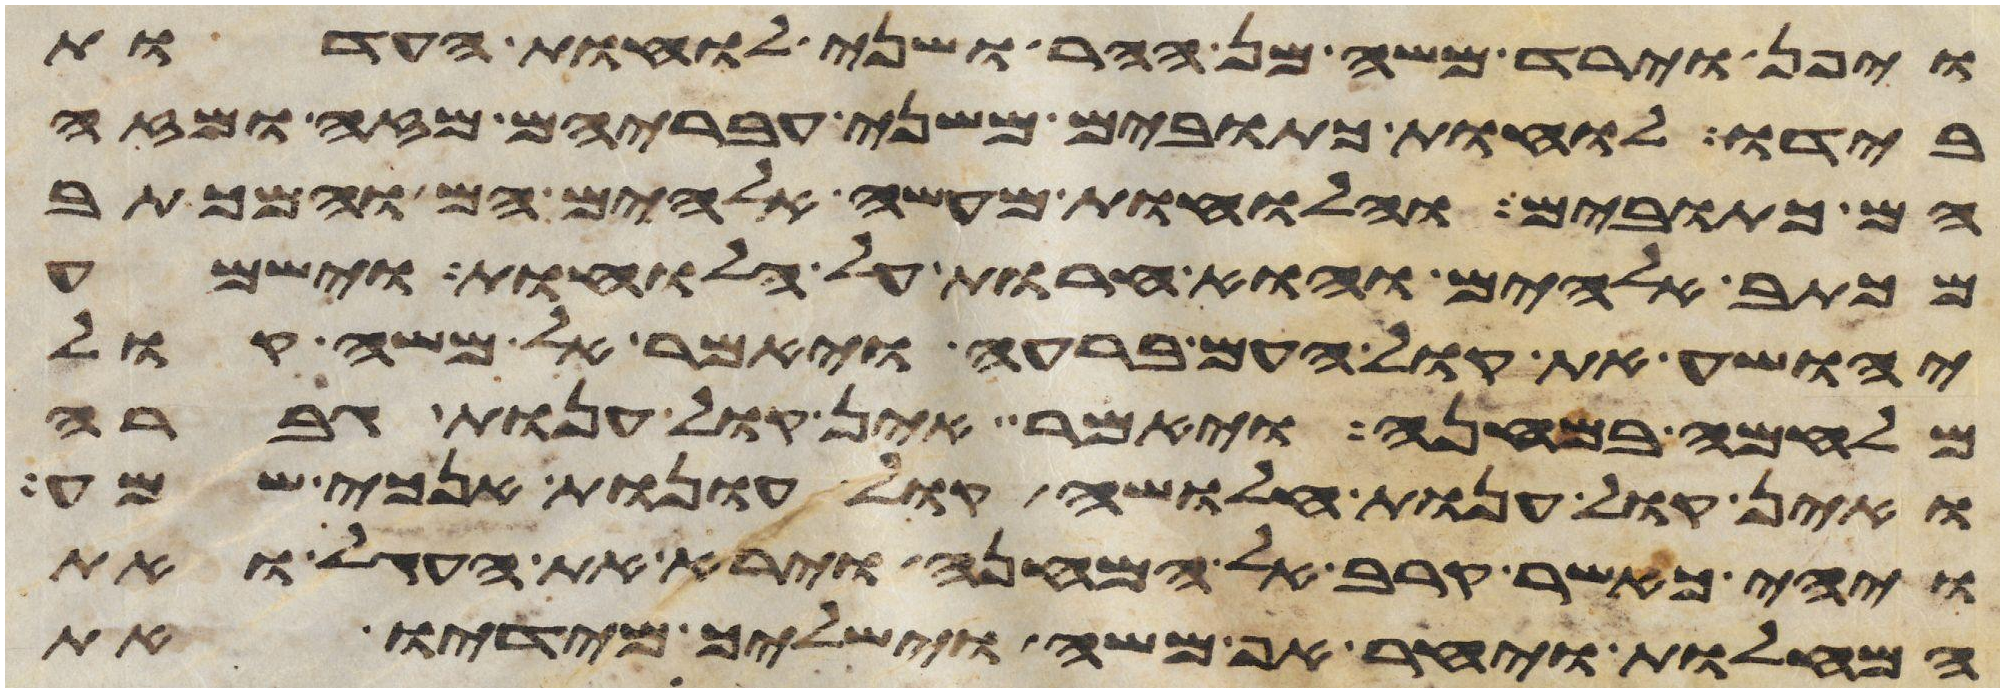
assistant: ויפן וירד משה מן ההר ושני לוחת העדות
בידו לוחת כתובים משני עבריהם מזה ומזה
הם כתובים והלוחות מעשה אלהים הם והמכתב
מכתב אלהים הוא חרות על הלוחות וישמע
יהושע את קול העם ברעה ויאמר אל משה קול
מלחמה במחנה ויאמר אין קול ענות גברה
ואין קול ענות חלושה קול עונות אנכי שמע
ויהי כאשר קרב אל המחנה וירא את העגל ואת
המחלות ויחר אף משה וישליך מידיו את